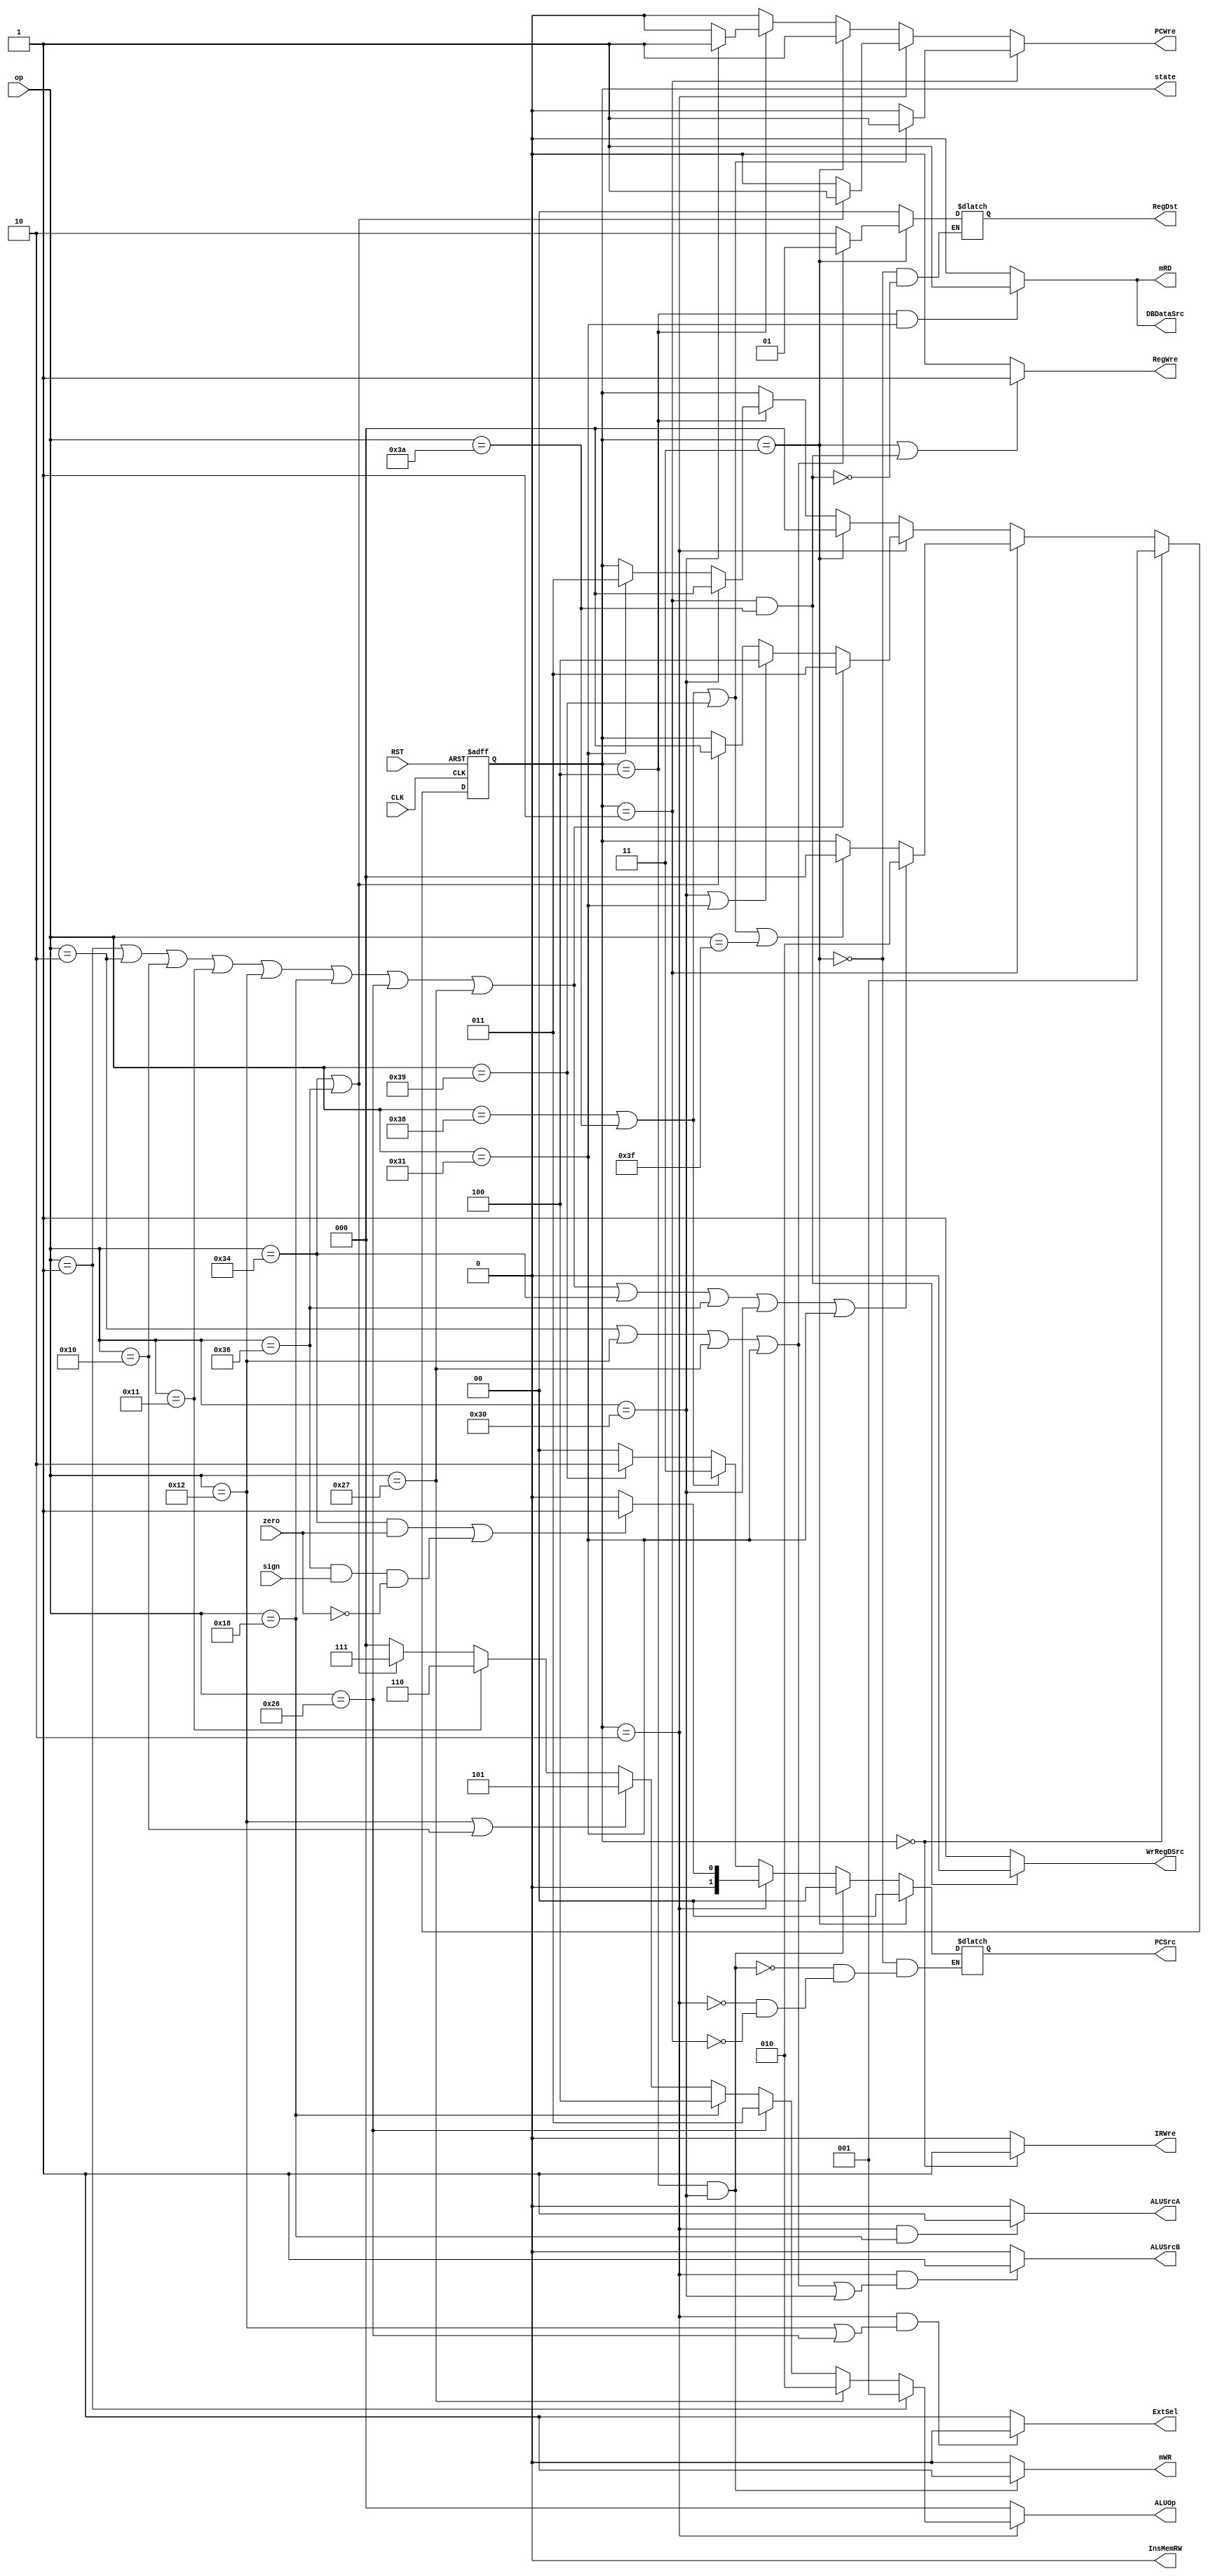
`timescale 1ns / 1ps
//////////////////////////////////////////////////////////////////////////////////
// Company: 
// Engineer: 
// 
// Design Name: 
// Module Name: CU
// Project Name: 
// Target Devices: 
// Tool Versions: 
// Description: 
// 
// Dependencies: 
// 
// Revision:
// Revision 0.01 - File Created
// Additional Comments:
// 
//////////////////////////////////////////////////////////////////////////////////


module CU(CLK, RST, zero, sign, op, // input
    PCWre, PCSrc, 
    InsMemRW, IRWre, 
    WrRegDSrc, RegDst, RegWre, 
    ALUOp, ALUSrcA, ALUSrcB,
    mRD, mWR, DBDataSrc, ExtSel,state);
input CLK, RST, zero, sign;
input [5:0] op;
output reg PCWre, InsMemRW, IRWre,WrRegDSrc, RegWre,ALUSrcA, ALUSrcB, mRD, mWR, DBDataSrc, ExtSel;
output reg [1:0] PCSrc, RegDst;
output reg [2:0] ALUOp;
output reg [2:0] state;

initial begin
    state = 4'b0000; //IF
    PCWre = 1;
    PCSrc = 2'b00;
    InsMemRW = 0; // IR
    IRWre = 1; // 
    WrRegDSrc = 1;// ALU
    RegDst = 2'b10; // rd
    RegWre = 1; // 
    ALUOp = 3'b000;
    ALUSrcA = 0; // 
    ALUSrcB = 0; 
    mRD = 0;// 
    mWR = 0; // 
    DBDataSrc = 0; // ALU
    ExtSel = 0; // 
end
//******************  *********************
// RST
always @(posedge CLK or negedge RST) begin 
    if(RST == 0)
    begin
        state <= 3'b000; // IF
    end
    else
    begin
        if(state == 3'b000) // in IF
            state <= 3'b001; // => ID
        else if(state == 3'b001) // in ID
        begin
            // sub, addi, or,
            // and, ori, sll, 
            // slt, sltiu, beq, 
            // bltz, sw, lw => EXE 010           
            if(op == 6'b000001 || op == 6'b000010 || op == 6'b010000
            || op == 6'b010001 || op == 6'b010010 || op == 6'b011000
            || op == 6'b100110 || op == 6'b100111 || op == 6'b110100
            || op == 6'b110110 || op == 6'b110000 || op == 6'b110001) 
                state <= 3'b010;
            // j,jal,jr,halt => IF 000
            else if (op == 6'b111000 || op == 6'b111010
                  || op == 6'b111001 || op == 6'b111111)
                state <= 3'b000;
        end
        
        else if(state == 3'b010) // in EXE
        begin 
            // sub, addi, or,
            // and, ori, sll, 
            // slt, sltiu => WB 011
            if (op == 6'b000001 || op == 6'b000010 || op == 6'b010000
             || op == 6'b010001 || op == 6'b010010 || op == 6'b011000 
             || op == 6'b100110 || op == 6'b100111)
                state <= 3'b011;
            // sw, lw => MEM 100
            else if (op == 6'b110000 ||op == 6'b110001)
                state <= 3'b100;
            // beq, bltz => IF 000
            else if (op == 6'b110100 || op == 6'b110110)
                state <= 3'b000;
        end
        else if (state == 3'b011) // in WB => IF
            state <= 3'b000;
        else if (state == 3'b100) // in MEM => WB
        begin
            // sw => IF
            if(op == 6'b110000)
                state <= 3'b000;
            // lw => WB
            else if(op == 6'b110001)
                state <= 3'b011;
        end
    end
end


//******************  *********************
always@(RST or zero or sign or op or state)
begin
    // EXE: ALUSrcA: sll => 1; else: addsubaddiorandoribeqbltzsltsltiuswlw => 0; 
    if(state == 3'b010 && op == 6'b011000)
        ALUSrcA = 1;
    else
        ALUSrcA = 0;
        
    // EXE: ALUSrcB:addiorisltiulwsw => 1; else : addsuborandbeqbltzsltsll => 0; 
    if(state == 3'b010 && (op == 6'b000010 ||op == 6'b010010 ||op == 6'b100111 || op == 6'b110001 || op == 6'b110000))
        ALUSrcB = 1;
    else
        ALUSrcB = 0;
        
    // MEM: DBDataSrc:lw => 1; else: addsubaddiorandorisltsltiusll => 0
    if(state == 3'b100 && op == 6'b110001)
        DBDataSrc = 1;
    else
        DBDataSrc = 0;
        
    // WB  ID  jal => 1
    if(state == 3'b011 || (state == 3'b001 && op == 6'b111010))
        RegWre = 1;
    else
        RegWre = 0;
        
    // ID: WrRegDSrc: jal => 0
    if(state == 3'b001 && op == 6'b111010)
        WrRegDSrc = 0;
    else 
        WrRegDSrc = 1;
    
    // MEM: mRD: lw => 1
    if(state == 3'b100 && op == 6'b110001)  
        mRD = 1;
    else
        mRD = 0;
        
    // MEM: mWR: sw => 1
    if(state == 3'b100 && op == 6'b110000)  
        mWR = 1;
    else
        mWR = 0;
    // IF: IRWre=>1
    if(state == 3'b000)
        IRWre = 1;
    else
        IRWre = 0;
    
    // EXE: ori, slitu: ExtSel => 0
    if(state == 3'b010 && (op == 6'b010010 || op == 6'b100110))
        ExtSel = 0;
    else
        ExtSel = 1;
        
    // ID: j, jal => 11, jr => 10
    if(state == 3'b001)
    begin
        if(op == 6'b111000 || op == 6'b111010)
            PCSrc = 2'b11;
        else if(op == 6'b111001)
            PCSrc = 2'b10;
        else 
            PCSrc = 2'b00;
    end
    // EXE: beq(zero = 1),bltz(sign = 1, zero = 0) 
    if(state == 3'b010)
    begin
        if((op == 6'b110100 && zero == 1)
         ||(op == 6'b110110 && sign == 1 && zero == 0))
            PCSrc = 2'b01;
        else
            PCSrc = 2'b00;
    end
    // MEM: PCSrc:sw => 00
    if(state == 3'b100 && op == 6'b110000)
        PCSrc = 2'b00;
    // WB: PCSrc:
    if(state == 3'b011)
        PCSrc = 2'b00;
    
    // ID: jal => 00
    if(state == 3'b001 && op == 6'b111010)
        RegDst = 2'b00;
    // WB: addiorisltiulw => 01, else => 10
    if(state == 3'b011)
    begin
        if(op == 6'b000010 || op == 6'b010010 || op == 6'b100111 || op == 6'b110001)
            RegDst = 2'b01;
        else
            RegDst = 2'b10;
    end 
    
    if(state == 3'b010)
    begin
        if(op == 6'b000001) // sub
            ALUOp=3'b001;
        else if(op == 6'b100111)// sltiu
            ALUOp = 3'b010;
        else if(op == 6'b100110) // slt
            ALUOp = 3'b011;
        else if(op == 6'b011000) // sll
            ALUOp = 3'b100;
        else if((op == 6'b010010)||(op == 6'b010000)) // ori, or
            ALUOp = 3'b101;
        else if(op == 6'b010001) // and
            ALUOp = 3'b110;
        else if((op == 6'b110100)||(op == 6'b110110)) // beq, bltz
            ALUOp = 3'b111;
        else 
            ALUOp = 3'b000;
    end
    else 
        ALUOp=3'b000;
    if(state == 3'b001) begin // IDj, jal, jrPCWre = 1
        if(op == 6'b111000 || op == 6'b111010 || op == 6'b111001)
            PCWre <= 1;
        else
            PCWre <= 0;
    end
    else if (state == 3'b010) begin // EXEbeq,bltzPCWre = 1
        if(op == 6'b110100 || op == 6'b110110)
            PCWre <= 1;
         else
            PCWre <= 0;
    end
    else if (state == 3'b011)  // WBPCWre = 1
        PCWre = 1;
    else if (state == 3'b100) begin // MEMswPCWre = 1
        if(op == 6'b110000)
            PCWre <= 1;
        else PCWre <= 0;   
    end
    else // halt
        PCWre <= 0; 
end

endmodule